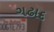
ગઢાદ